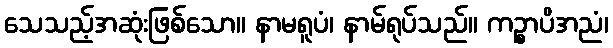
သေသည့်အဆုံးဖြစ်သော။ နာမရူပံ၊ နာမ်ရုပ်သည်။ ကဉ္စာပိအညံ၊